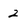
Character: 2